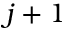
j + 1